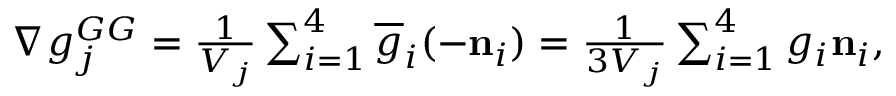
\begin{array} { r } { \nabla g _ { j } ^ { G G } = \frac { 1 } { V _ { j } } \sum _ { i = 1 } ^ { 4 } \overline { { g } } _ { i } ( - { \bf n } _ { i } ) = \frac { 1 } { 3 V _ { j } } \sum _ { i = 1 } ^ { 4 } g _ { i } { \bf n } _ { i } , } \end{array}